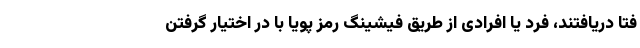
فتا دریافتند، فرد یا افرادی از طریق فیشینگ رمز پویا با در اختیار گرفتن